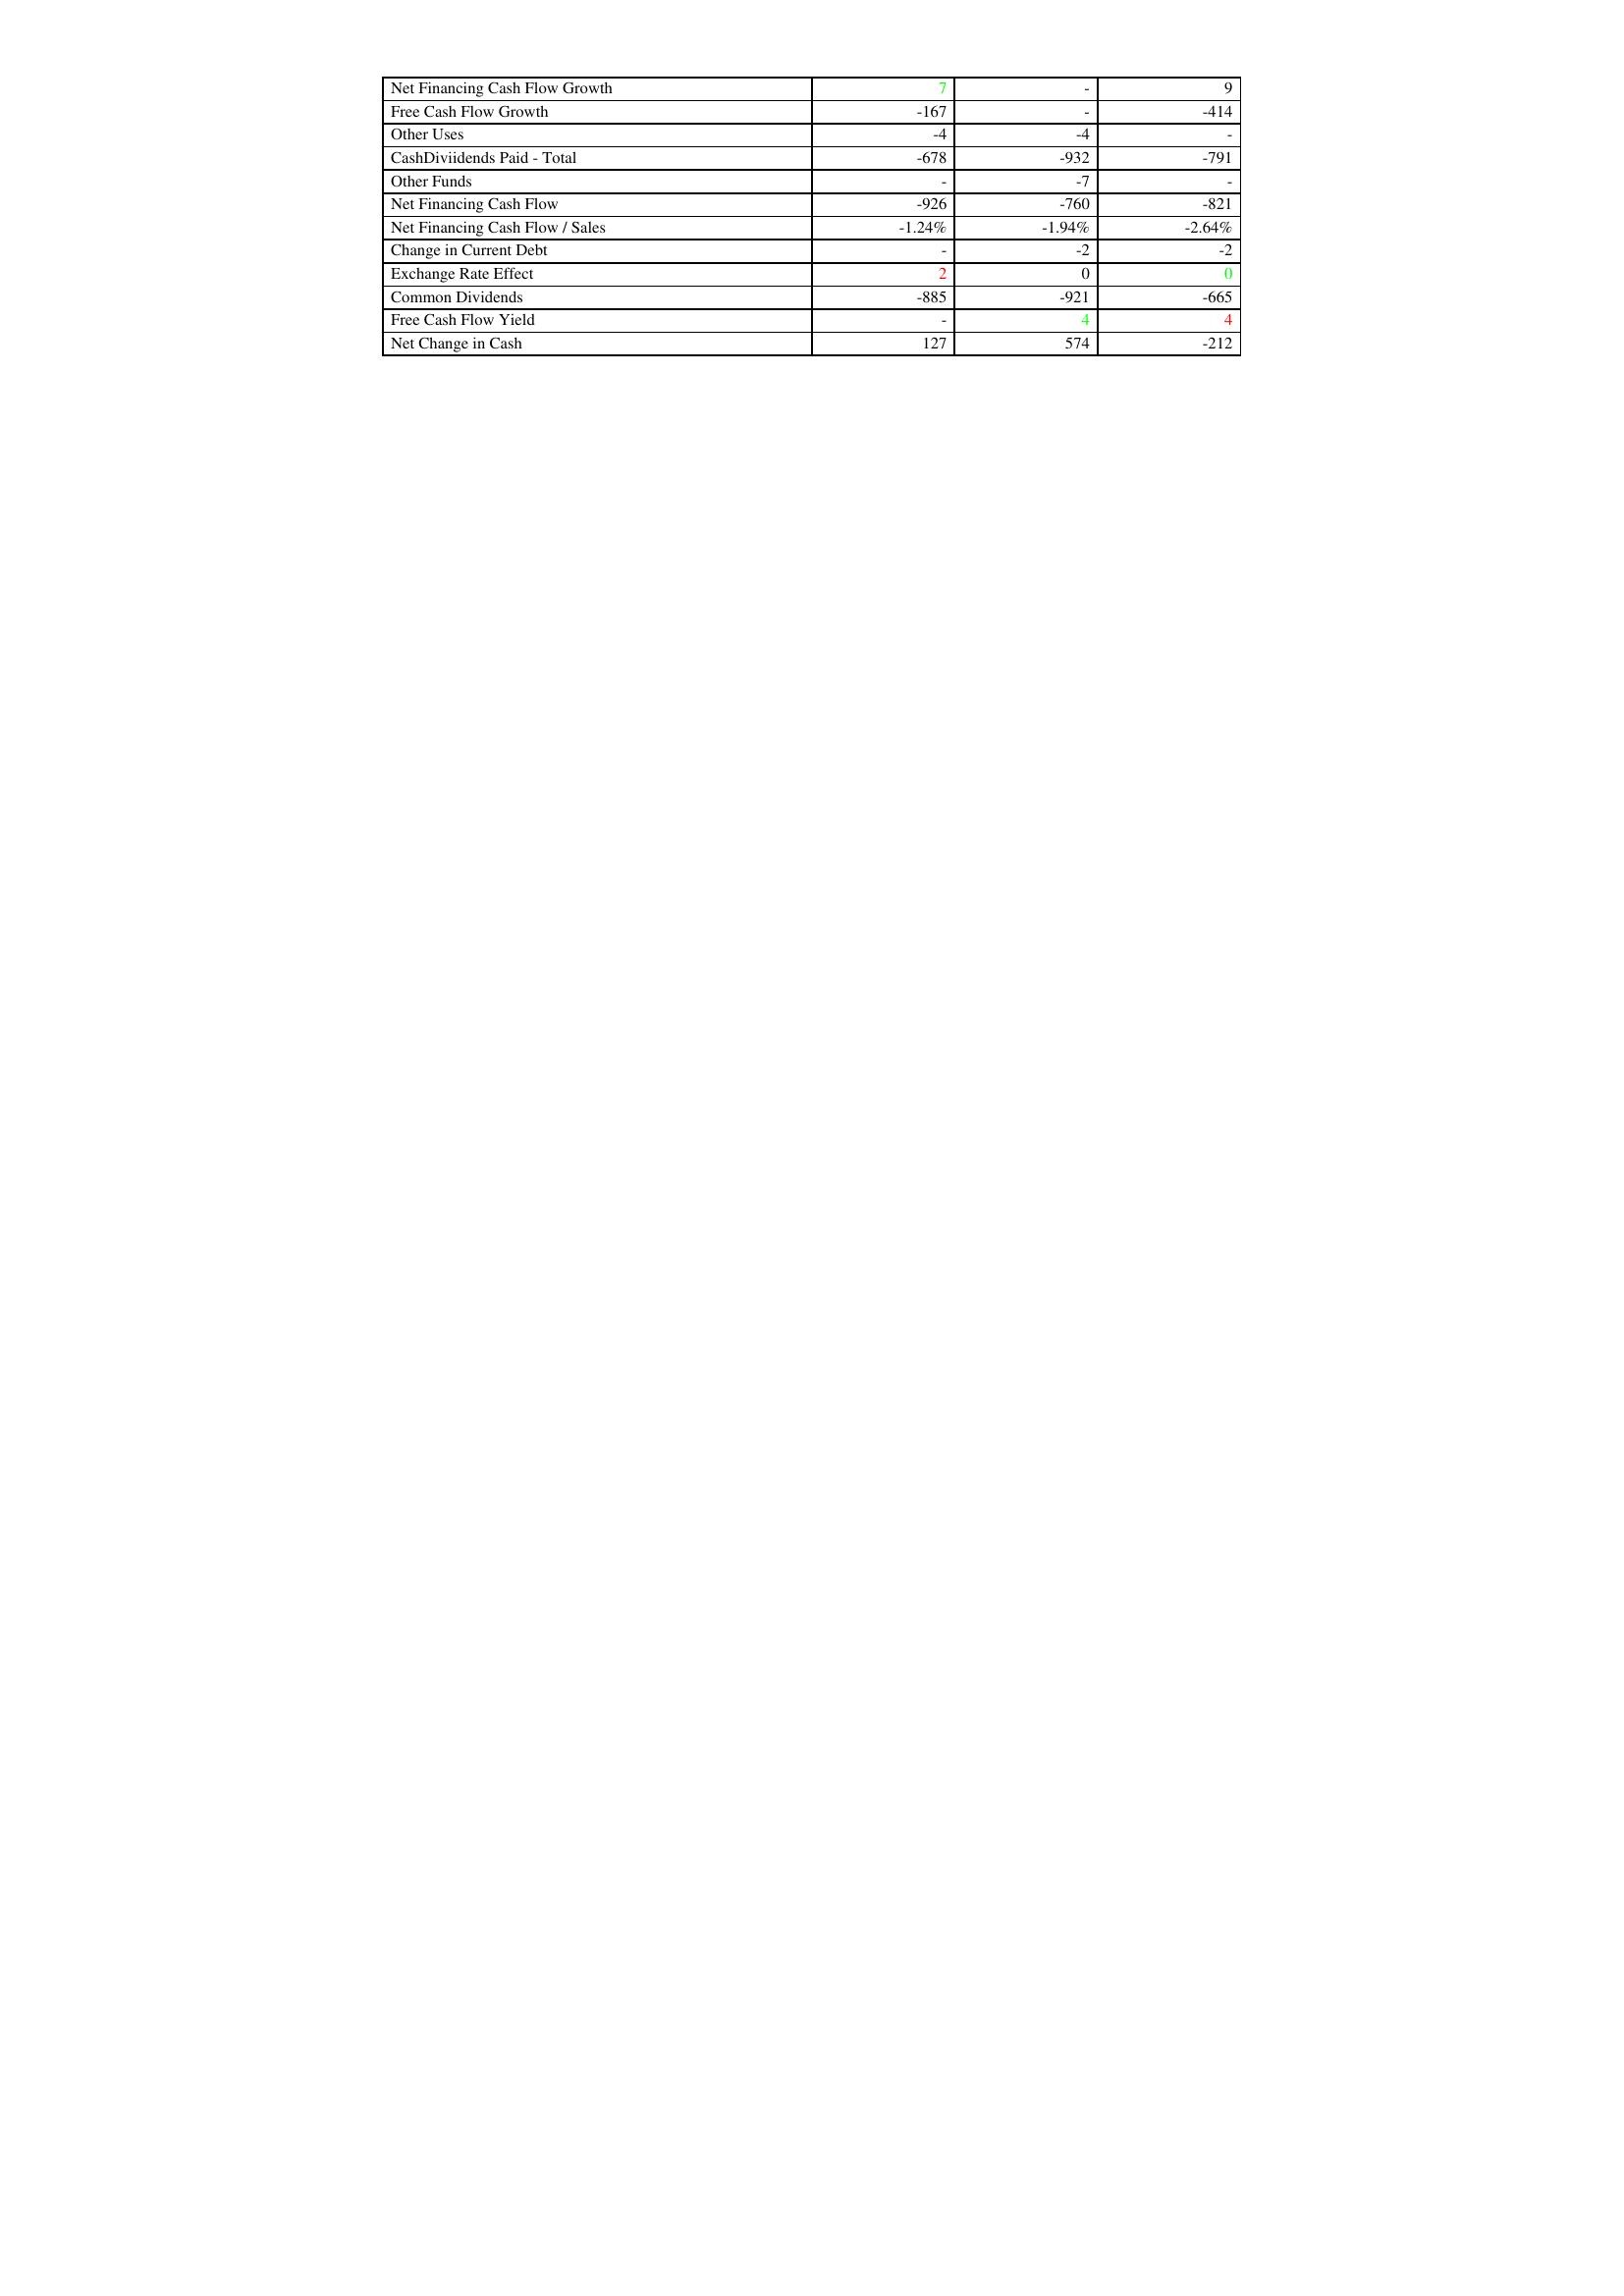
gt_parse: 2021: Financing Activities: Net Financing Cash Flow Growth: 7
Free Cash Flow Growth: -167
Other Uses: -4
CashDiviidends Paid - Total: -678
Other Funds: -
Net Financing Cash Flow: -926
Net Financing Cash Flow / Sales: -1.24%
Change in Current Debt: -
Exchange Rate Effect: 2
Common Dividends: -885
Free Cash Flow Yield: -
Net Change in Cash: 127
2020: Financing Activities: Net Financing Cash Flow Growth: -
Free Cash Flow Growth: -
Other Uses: -4
CashDiviidends Paid - Total: -932
Other Funds: -7
Net Financing Cash Flow: -760
Net Financing Cash Flow / Sales: -1.94%
Change in Current Debt: -2
Exchange Rate Effect: 0
Common Dividends: -921
Free Cash Flow Yield: 4
Net Change in Cash: 574
2019: Financing Activities: Net Financing Cash Flow Growth: 9
Free Cash Flow Growth: -414
Other Uses: -
CashDiviidends Paid - Total: -791
Other Funds: -
Net Financing Cash Flow: -821
Net Financing Cash Flow / Sales: -2.64%
Change in Current Debt: -2
Exchange Rate Effect: 0
Common Dividends: -665
Free Cash Flow Yield: 4
Net Change in Cash: -212